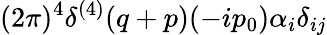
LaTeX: {\displaystyle(2\pi)^{4}\delta^{(4)}(q+p)(-ip_{0})\alpha_{i}\delta_{ij}}